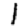
Digit: 1